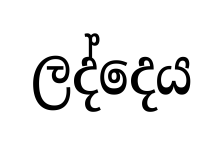
ලද්දෙය